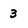
Character: 3